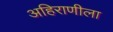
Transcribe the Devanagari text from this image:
अहिराणीला